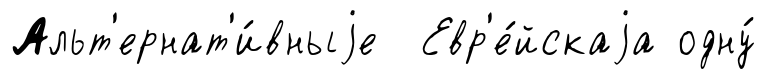
Альт'ернат'и́вныjе Евр'е́йскаjа одну́